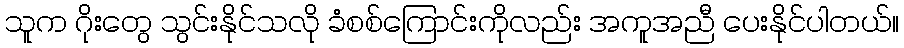
သူက ဂိုးတွေ သွင်းနိုင်သလို ခံစစ်ကြောင်းကိုလည်း အကူအညီ ပေးနိုင်ပါတယ်။